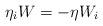
LaTeX: \begin{align*} \eta_i W=-\eta W_i \end{align*}